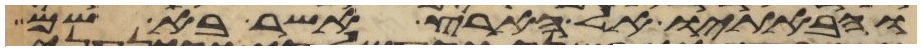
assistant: והבאתיו אל הארץ אשר בא שמה